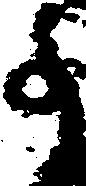
事